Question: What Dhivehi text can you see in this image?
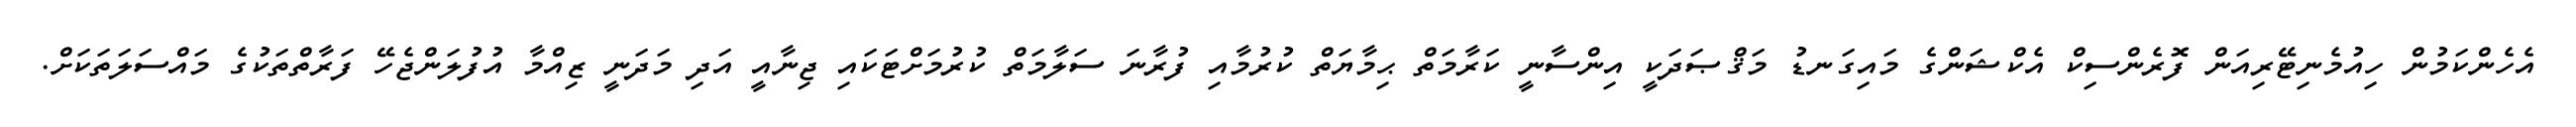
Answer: އެހެންކަމުން ހިއުމެނިޓޭރިއަން ފޮރެންސިކް އެކްޝަންގެ މައިގަނޑު މަޤްޞަދަކީ އިންސާނީ ކަރާމަތް ޙިމާޔަތް ކުރުމާއި ފުރާނަ ސަލާމަތް ކުރުމަށްޓަކައި ޖިނާއީ އަދި މަދަނީ ޒިއްމާ އުފުލަންޖެހޭ ފަރާތްތަކުގެ މައްސަލަތަކަށް.